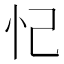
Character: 忋